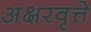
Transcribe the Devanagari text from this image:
अक्षरवृत्ते